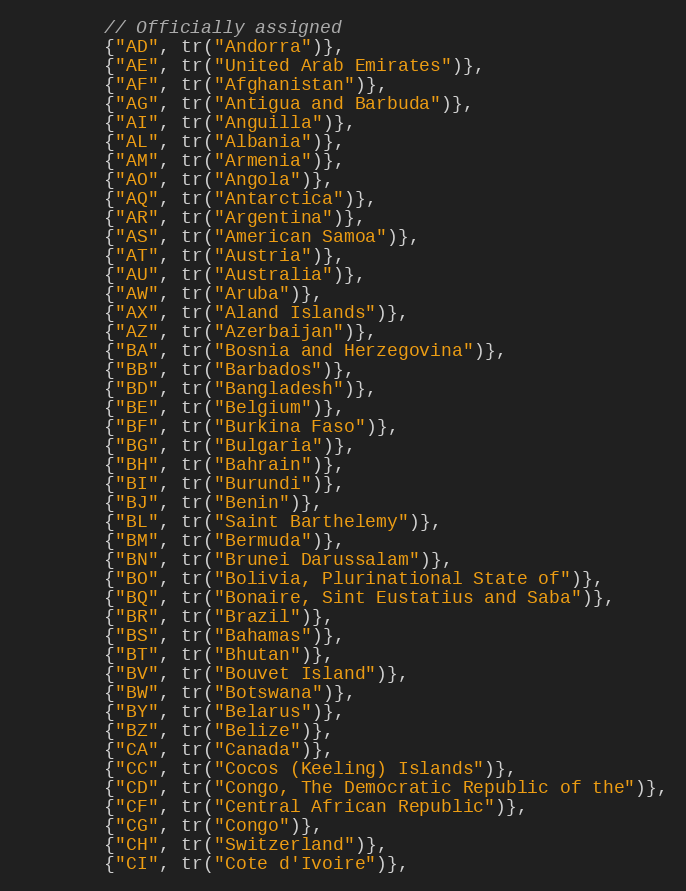
Language: C++
        // Officially assigned
        {"AD", tr("Andorra")},
        {"AE", tr("United Arab Emirates")},
        {"AF", tr("Afghanistan")},
        {"AG", tr("Antigua and Barbuda")},
        {"AI", tr("Anguilla")},
        {"AL", tr("Albania")},
        {"AM", tr("Armenia")},
        {"AO", tr("Angola")},
        {"AQ", tr("Antarctica")},
        {"AR", tr("Argentina")},
        {"AS", tr("American Samoa")},
        {"AT", tr("Austria")},
        {"AU", tr("Australia")},
        {"AW", tr("Aruba")},
        {"AX", tr("Aland Islands")},
        {"AZ", tr("Azerbaijan")},
        {"BA", tr("Bosnia and Herzegovina")},
        {"BB", tr("Barbados")},
        {"BD", tr("Bangladesh")},
        {"BE", tr("Belgium")},
        {"BF", tr("Burkina Faso")},
        {"BG", tr("Bulgaria")},
        {"BH", tr("Bahrain")},
        {"BI", tr("Burundi")},
        {"BJ", tr("Benin")},
        {"BL", tr("Saint Barthelemy")},
        {"BM", tr("Bermuda")},
        {"BN", tr("Brunei Darussalam")},
        {"BO", tr("Bolivia, Plurinational State of")},
        {"BQ", tr("Bonaire, Sint Eustatius and Saba")},
        {"BR", tr("Brazil")},
        {"BS", tr("Bahamas")},
        {"BT", tr("Bhutan")},
        {"BV", tr("Bouvet Island")},
        {"BW", tr("Botswana")},
        {"BY", tr("Belarus")},
        {"BZ", tr("Belize")},
        {"CA", tr("Canada")},
        {"CC", tr("Cocos (Keeling) Islands")},
        {"CD", tr("Congo, The Democratic Republic of the")},
        {"CF", tr("Central African Republic")},
        {"CG", tr("Congo")},
        {"CH", tr("Switzerland")},
        {"CI", tr("Cote d'Ivoire")},